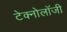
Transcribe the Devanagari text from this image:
टेक्नोलाॅजी